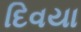
દિવયા